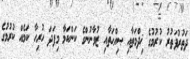
ދަތުރުފަތުރު ކުރުމުގެ ޚިދްމަތާއި ޞިއްޙަތާއި ޒުވާނުންގެ ކަންކަމާ މިފަދަ ހުރިހާ ކަމެއް ކުރުމުގެ